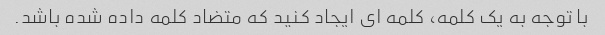
با توجه به یک کلمه، کلمه ای ایجاد کنید که متضاد کلمه داده شده باشد.